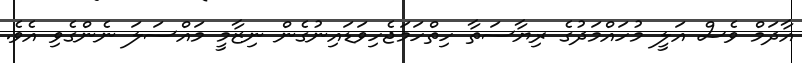
އާދަމް ވެސް އަލީ މުހައްމަދުގެ ރިޔާސަތާ ހިތްހަމަޖެހިވަޑައިނުގެން ނިޒާމީ މައްސަލަ ނެންގެވި އެވެ.